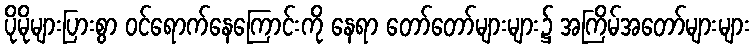
ပိုမိုများပြားစွာ ဝင်ရောက်နေကြောင်းကို နေရာ တော်တော်များများ၌ အကြိမ်အတော်များများ